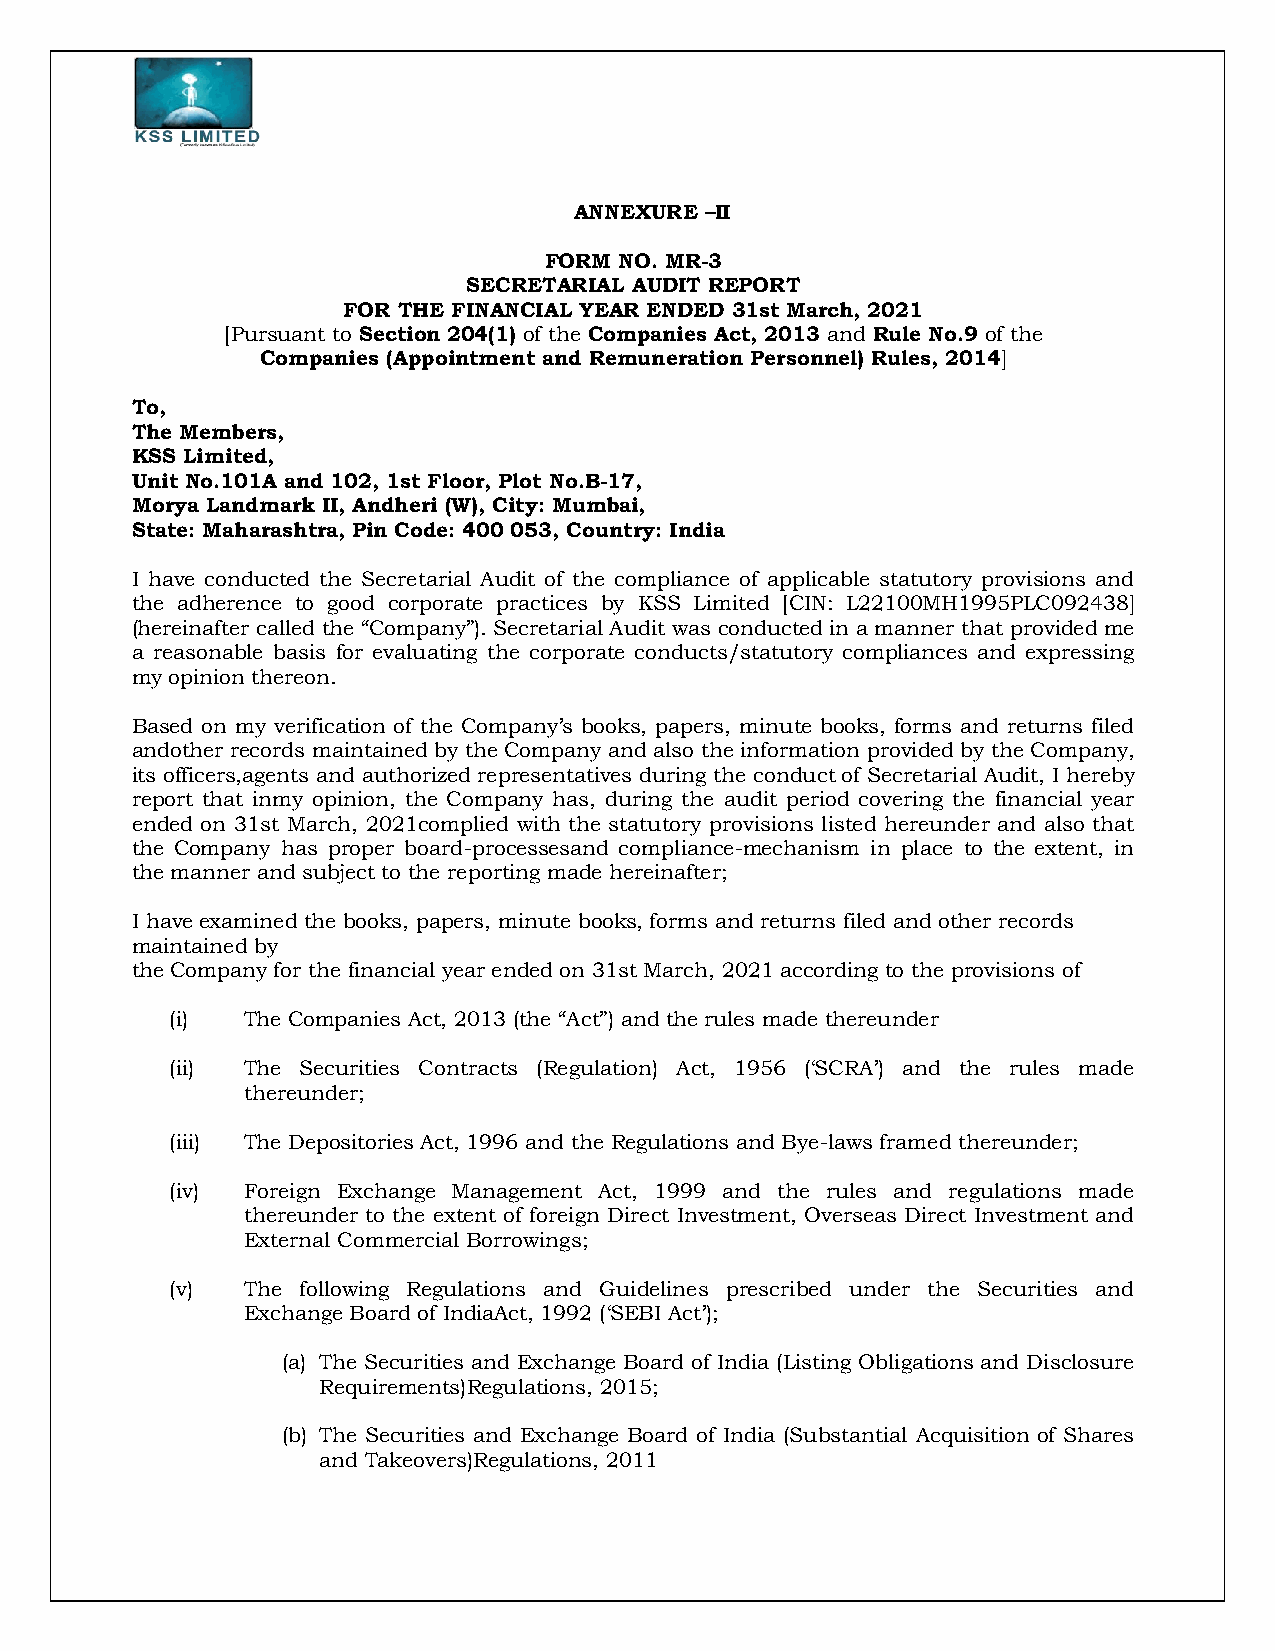
ANNEXURE –II
 FORM NO. MR-3
 SECRETARIAL AUDIT REPORT
 FOR THE FINANCIAL YEAR ENDED 31st March, 2021
 [Pursuant to Section 204(1) of the Companies Act, 2013 and Rule No.9 of the
 Companies (Appointment and Remuneration Personnel) Rules, 2014]
 To,
 The Members,
 KSS Limited,
 Unit No.101A and 102, 1st Floor, Plot No.B-17,
 Morya Landmark II, Andheri (W), City: Mumbai,
 State: Maharashtra, Pin Code: 400 053, Country: India
 I have conducted the Secretarial Audit of the compliance of applicable statutory provisions and
 the adherence to good corporate practices by KSS Limited [CIN: L22100MH1995PLC092438]
 (hereinafter called the “Company”). Secretarial Audit was conducted in a manner that provided me
 a reasonable basis for evaluating the corporate conducts/statutory compliances and expressing
 my opinion thereon.
 Based on my verification of the Company’s books, papers, minute books, forms and returns filed
 andother records maintained by the Company and also the information provided by the Company,
 its officers,agents and authorized representatives during the conduct of Secretarial Audit, I hereby
 report that inmy opinion, the Company has, during the audit period covering the financial year
 ended on 31st March, 2021complied with the statutory provisions listed hereunder and also that
 the Company has proper board-processesand compliance-mechanism in place to the extent, in
 the manner and subject to the reporting made hereinafter;
 I have examined the books, papers, minute books, forms and returns filed and other records
 maintained by
 the Company for the financial year ended on 31st March, 2021 according to the provisions of
 (i)  The Companies Act, 2013 (the “Act”) and the rules made thereunder
 (ii) The Securities Contracts (Regulation) Act, 1956 (‘SCRA’) and the rules made
 thereunder;
 (iii) The Depositories Act, 1996 and the Regulations and Bye-laws framed thereunder;
 (iv) Foreign Exchange Management Act, 1999 and the rules and regulations made
 thereunder to the extent of foreign Direct Investment, Overseas Direct Investment and
 External Commercial Borrowings;
 (v)  The following Regulations and Guidelines prescribed under the Securities and
 Exchange Board of IndiaAct, 1992 (‘SEBI Act’);
 (a) The Securities and Exchange Board of India (Listing Obligations and Disclosure
 Requirements)Regulations, 2015;
 (b) The Securities and Exchange Board of India (Substantial Acquisition of Shares
 and Takeovers)Regulations, 2011